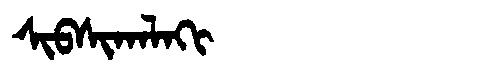
Manchu: ᠰᡳᠪᠰᡳᡴᠠᠯᠠᡴᡳ
Romanization: SIBSIKALAKI